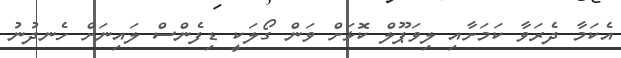
އެކަމާ ދެރަވާ ކަމަށާއި ލިވަޕޫލް ކޮޅަށް ވަން ގޯލަކީ ޑިފެންސް ލައިނަށް ހެނދުނު